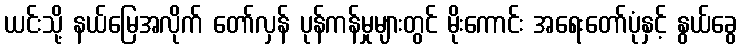
ယင်းသို့ နယ်မြေအလိုက် တော်လှန် ပုန်ကန်မှုများတွင် မိုးကောင်း အရေးတော်ပုံနှင့် နွယ်ခွေ